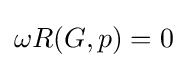
\omega R(G,p)=0